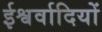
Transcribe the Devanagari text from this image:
ईश्वर्वादियों